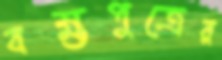
বহ্মপুত্রের